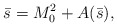
\begin{align*}\bar s=M^2_0+A(\bar s),\end{align*}